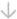
\downarrow